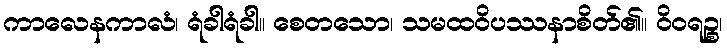
ကာလေနကာလံ၊ ရံခါရံခါ။ စေတသော၊ သမထဝိပဿနာစိတ်၏။ ဝိဝရဉ္စ၊